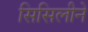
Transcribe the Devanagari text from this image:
सिसिलीने